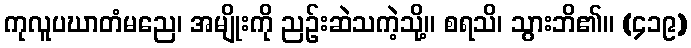
ကုလူပဃာတံမညေ၊ အမျိုးကို ညဉ်းဆဲသကဲ့သို့။ စရသိ၊ သွားဘိ၏။ (၄၁၉)